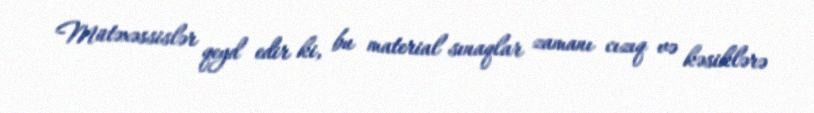
Mütəxəssislər qeyd edir ki, bu material sınaqlar zamanı cızıq və kəsiklərə